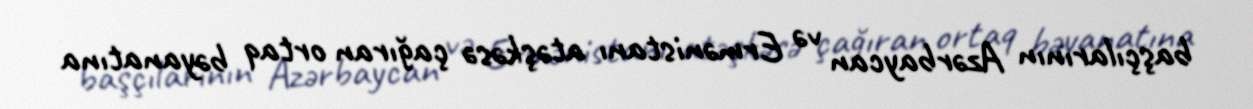
başçılarının Azərbaycan və Ermənistanı atəşkəsə çağıran ortaq bəyanatına